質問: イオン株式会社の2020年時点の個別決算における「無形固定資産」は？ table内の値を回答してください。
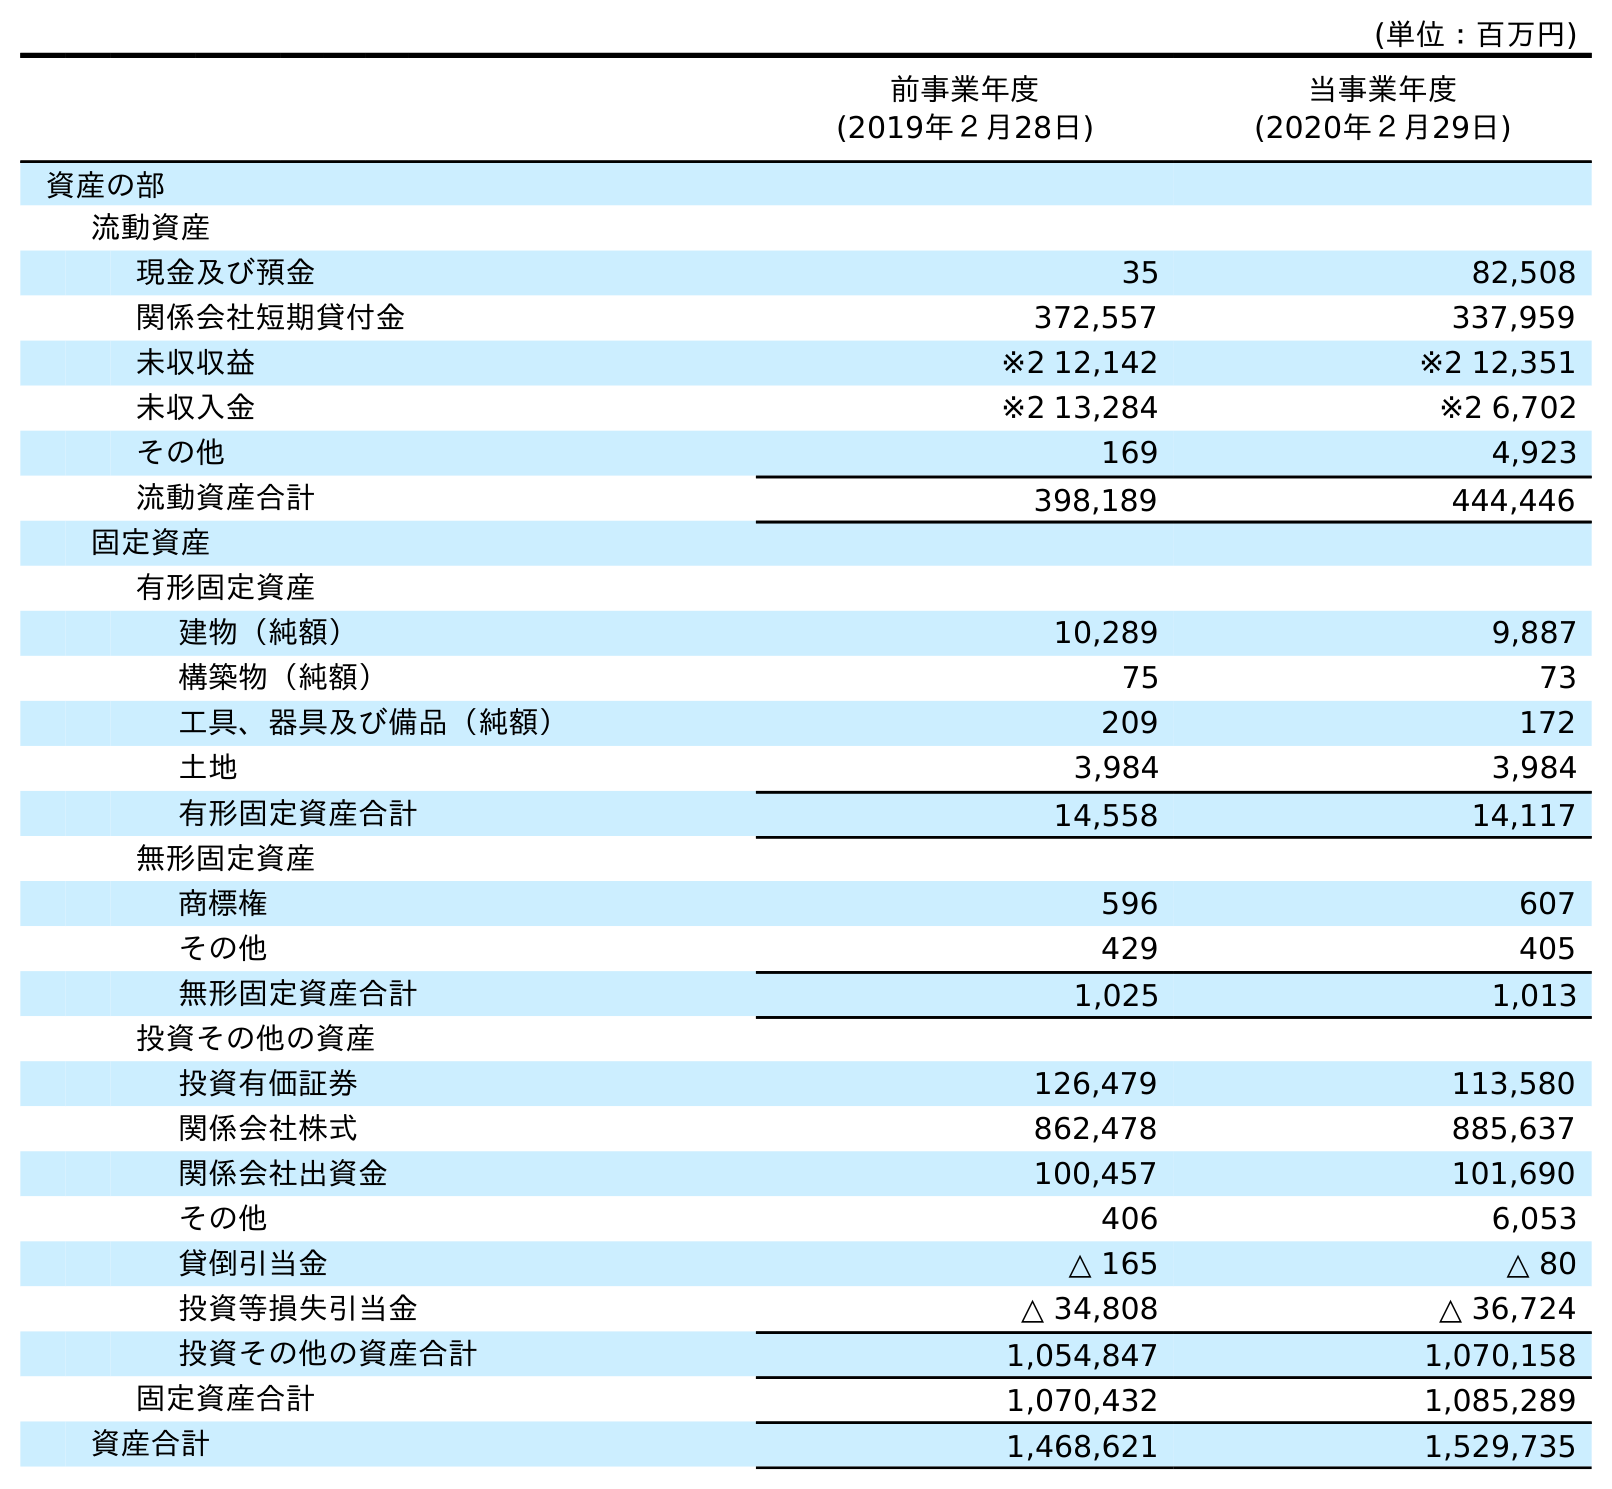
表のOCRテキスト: (単位：百万円) 前事業年度 (2019年２月28日) 当事業年度 (2020年２月29日) 資産の部 流動資産 現金及び預金 35 82,508 関係会社短期貸付金 372,557 337,959 未収収益 ※2 12,142 ※2 12,351 未収入金 ※2 13,284 ※2 6,702 その他 169 4,923 流動資産合計 398,189 444,446 固定資産 有形固定資産 建物（純額） 10,289 9,887 構築物（純額） 75 73 工具、器具及び備品（純額） 209 172 土地 3,984 3,984 有形固定資産合計 14,558 14,117 無形固定資産 商標権 596 607 その他 429 405 無形固定資産合計 1,025 1,013 投資その他の資産 投資有価証券 126,479 113,580 関係会社株式 862,478 885,637 関係会社出資金 100,457 101,690 その他 406 6,053 貸倒引当金 △ 165 △ 80 投資等損失引当金 △ 34,808 △ 36,724 投資その他の資産合計 1,054,847 1,070,158 固定資産合計 1,070,432 1,085,289 資産合計 1,468,621 1,529,735
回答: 1,013